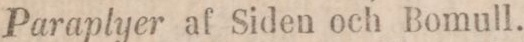
Paraplyer af Siden och Bomull.